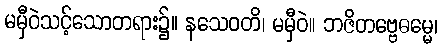
မမှီဝဲသင့်သောတရား၌။ နသေဝတိ၊ မမှီဝဲ။ ဘဇိတဗ္ဗေဓမ္မေ၊